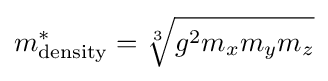
m_{\text{density}}^{*}={\sqrt[{3}]{g^{2}m_{x}m_{y}m_{z}}}